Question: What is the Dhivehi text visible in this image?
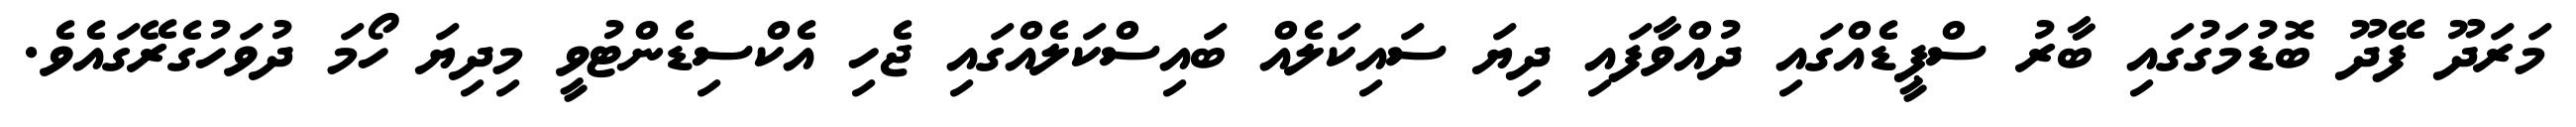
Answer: މަރަދޫ ފޭދޫ ބޮޑުމަގުގައި ބާރު ސްޕީޑެއްގައި ދުއްވާފައި ދިޔަ ސައިކަލެއް ބައިސްކަލެއްގައި ޖެހި އެކްސިޑެންޓުވީ މިދިޔަ ހޯމަ ދުވަހުގެރޭގައެވެ.